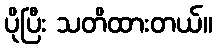
ပိုပြီး သတိထားတယ်။